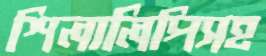
শিলালিপিসহ